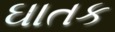
ઘાતક